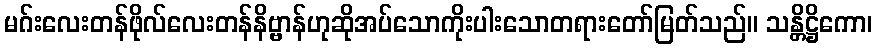
မဂ်းလေးတန်ဖိုလ်လေးတန်နိဗ္ဗာန်ဟုဆိုအပ်သောကိုးပါးသောတရားတော်မြတ်သည်။ သန္တိဋ္ဌိကော၊